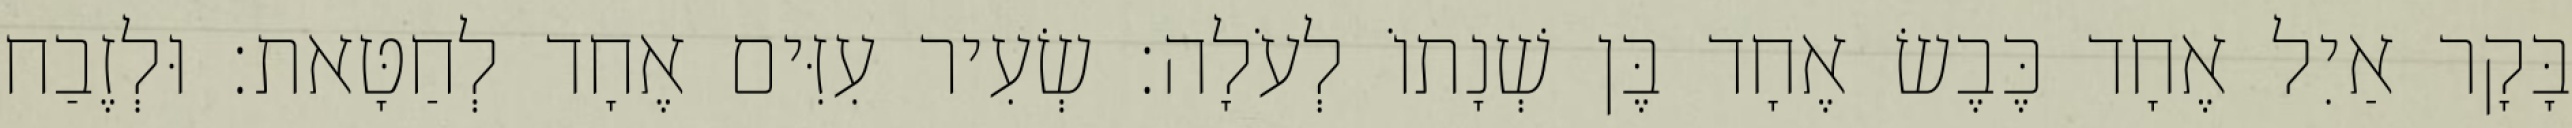
בָּקָר אַיִל אֶחָד כֶּבֶשׂ אֶחָד בֶּן שְׁנָתוֹ לְעֹלָה׃ שְׂעִיר עִזִּים אֶחָד לְחַטָּאת׃ וּלְזֶבַח